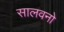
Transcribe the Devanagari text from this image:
सालवनो